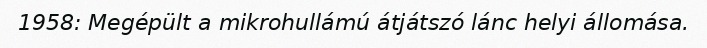
1958: Megépült a mikrohullámú átjátszó lánc helyi állomása.